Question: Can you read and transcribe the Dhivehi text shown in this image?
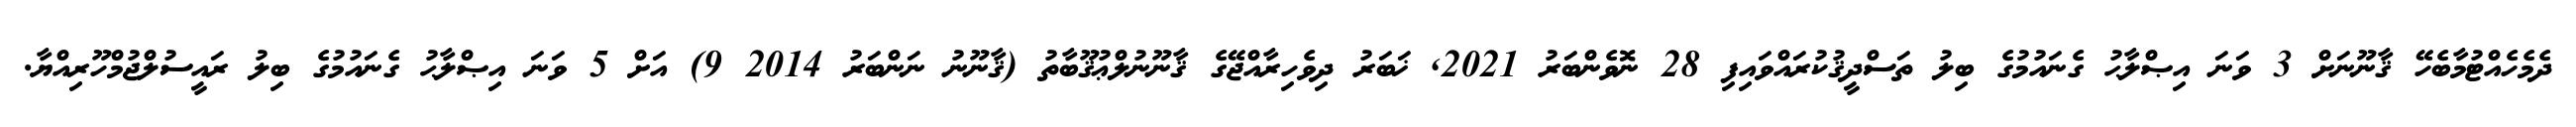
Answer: ދެމެހެއްޓުމާބެހޭ ޤާނޫނަށް 3 ވަނަ އިޞްލާޙު ގެނައުމުގެ ބިލު ތަސްދީޤުކުރައްވައިފި 28 ނޮވެންބަރު 2021, ޚަބަރު ދިވެހިރާއްޖޭގެ ޤާނޫނުލްޢުޤޫބާތު (ޤާނޫނު ނަންބަރު 2014 9) އަށް 5 ވަނަ އިޞްލާޙު ގެނައުމުގެ ބިލު ރައީސުލްޖުމްހޫރިއްޔާ.